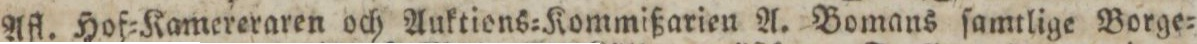
Afl. Hof=Kamereraren och Auktions=Kommißarien A. Bomans ſamtlige Borge=